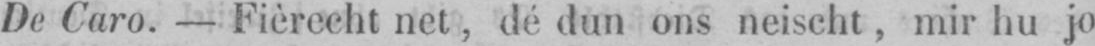
De Caro. - Fièrecht net, dé dun ons neischt, mir hu jo